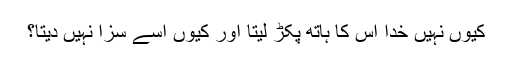
کیوں نہیں خدا اس کا ہاتھ پکڑ لیتا اور کیوں اسے سزا نہیں دیتا؟